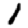
Digit: 1